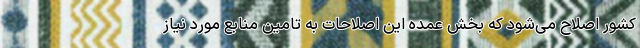
کشور اصلاح می‌شود که بخش عمده این اصلاحات به تامین منابع مورد نیاز